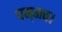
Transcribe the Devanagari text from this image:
चम्मच।